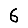
Digit: 6